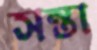
সন্তা